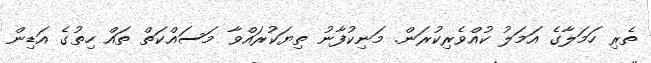
ތެރި ހަމަލާގެ އަމަލު ކުއްވެރިކުރަން. މަނިކުފާނު ތިޔަކުރައްވާ މަސައްކަތް ތައް ހިތުގެ އަޑިން